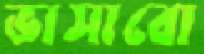
ভাসাবো